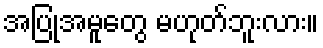
အပြုအမူတွေ မဟုတ်ဘူးလား။